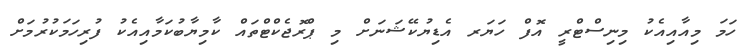
ހަމަ މިއާއިއެކު މިނިސްޓްރީ އޮފް ހަޔަރ އެޑިޔުކޭޝަނަށް މި ޕްރޮޖެކްޓްތައް ކާމިޔާބުކަމާއިއެކު ފުރިހަމަކުރުމަށް